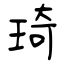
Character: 琦